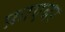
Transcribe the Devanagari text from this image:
फ़ाएबर